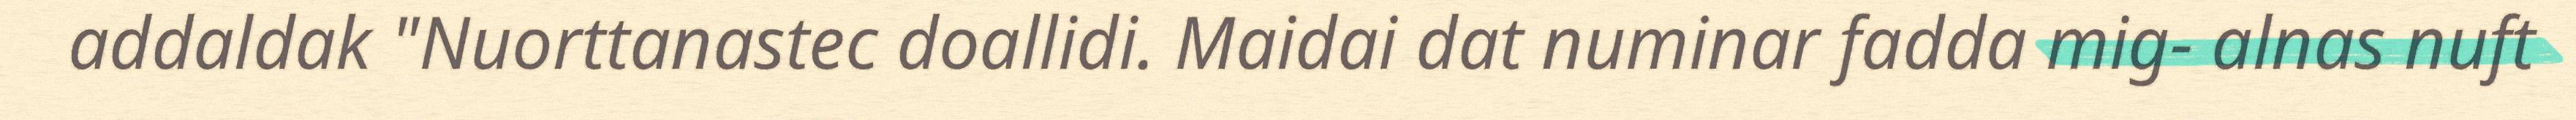
addaldak "Nuorttanastec doallidi. Maidai dat numinar fadda mig- alnas nuft